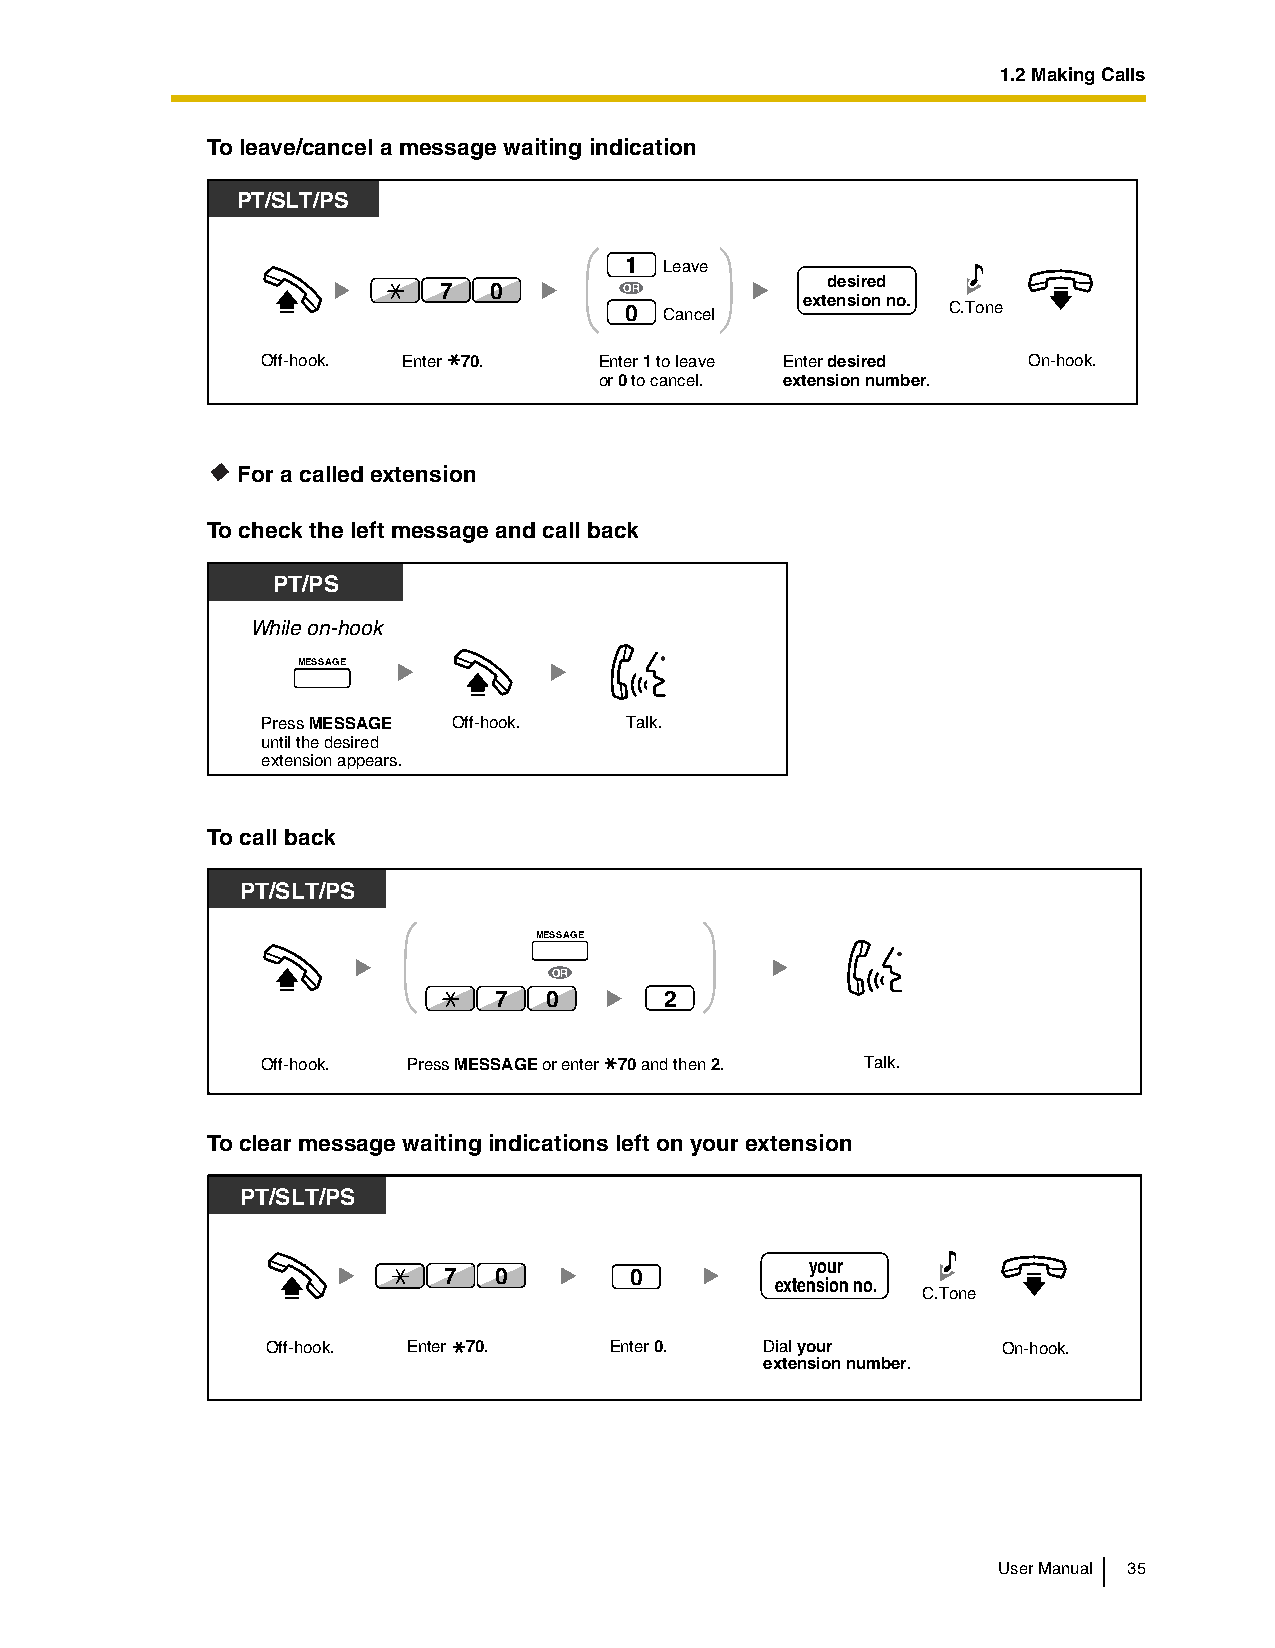
1.2 Making Calls
 To leave/cancel a message waiting indication
 PPTT/ SaLnTd/ PSSLT
 1  Leave
 desired
 7  0        OR
 extension no.
 0  Cancel             C.Tone
 Off-hook. Enter 70.    Enter 1 to leave Enter desired On-hook.
 or 0 to cancel. extension number.
 For a called extension
 To check the left message and call back
 PT/PS
 While on-hook
 MESSAGE
 Press MESSAGE Off-hook. Talk.
 until the desired
 extension appears.
 To call back
 PT/SLT/PS
 MESSAGE
 OR
 7  0       2
 Off-hook. Press MESSAGE or enter 70 and then 2. Talk.
 To clear message waiting indications left on your extension
 PT/SLT/PS
 your
 7   0        0
 extension no.
 C.Tone
 Off-hook. Enter 70.   Enter 0.   Dial your      On-hook.
 extension number.
 User Manual 35